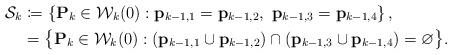
LaTeX: \begin{align*} \mathcal{S}_k&\coloneqq \left\{ \mathbf{P}_k \in \mathcal{W}_{k}(0): \mathbf{p}_{k-1,1}=\mathbf{p}_{k-1,2},~\mathbf{p}_{k-1,3}=\mathbf{p}_{k-1,4}\right\},\\&= \big\{ \mathbf{P}_k \in \mathcal{W}_{k}(0): (\mathbf p_{k-1,1} \cup \mathbf p_{k-1,2}) \cap (\mathbf p_{k-1,3} \cup \mathbf p_{k-1,4})=\varnothing \big\}.\end{align*}